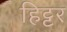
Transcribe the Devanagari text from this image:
हिट्टर